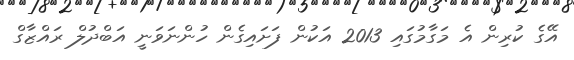
އޭގެ ކުރިން އެ މަގާމުގައި 2013 އަކުން ފަށައިގެން ހުންނަވަނީ އަބްދުލް ރައްޒާގް